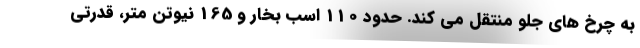
به چرخ های جلو منتقل می کند. حدود 110 اسب بخار و 165 نیوتن متر، قدرتی